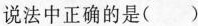
说法中正确的是( )